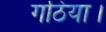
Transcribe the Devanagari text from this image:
गठिया।